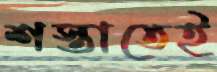
শস্তাতেই